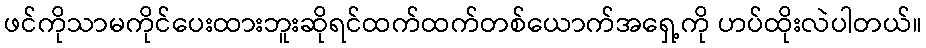
ဖင်ကိုသာမကိုင်ပေးထားဘူးဆိုရင်ထက်ထက်တစ်ယောက်အရှေ့ကို ဟပ်ထိုးလဲပါတယ်။